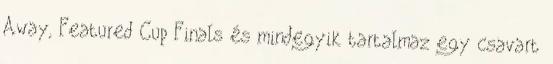
Away, Featured Cup Finals és mindegyik tartalmaz egy csavart